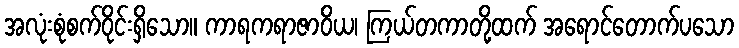
အလုံးစုံစက်ဝိုင်းရှိသော။ ကာရကရာဇာဝိယ၊ ကြယ်တကာတို့ထက် အရောင်တောက်ပသော